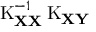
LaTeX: \operatorname { K } _ { \mathbf { X X } } ^ { - 1 } \operatorname { K } _ { \mathbf { X Y } }